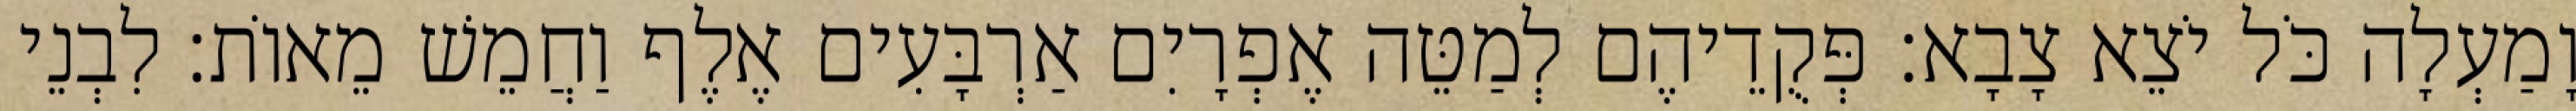
וָמַעְלָה כֹּל יֹצֵא צָבָא׃ פְּקֻדֵיהֶם לְמַטֵּה אֶפְרָיִם אַרְבָּעִים אֶלֶף וַחֲמֵשׁ מֵאוֹת׃ לִבְנֵי